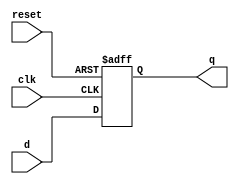
module DFF_Delay(
    input wire clk,
    input wire reset,
    input wire d,
    output reg q
);

reg q_next;

always @(posedge clk or posedge reset) begin
    if (reset) begin
        q <= 1'b0;
    end else begin
        q <= q_next;
    end
end

assign q_next = d;

endmodule